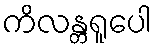
ကိလန္တရူပေါ